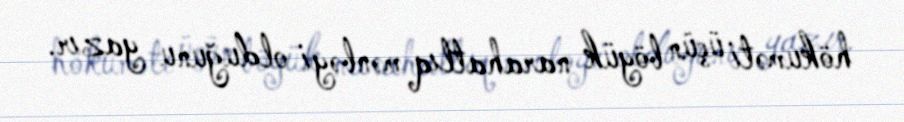
hökuməti üçün böyük narahatlıq mənbəyi olduğunu yazır.